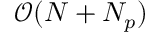
\mathcal { O } ( N + N _ { p } )